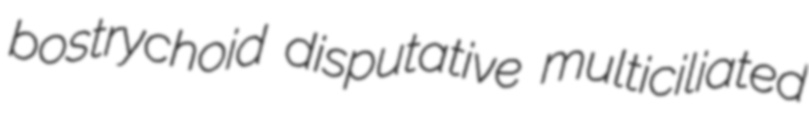
bostrychoid disputative multiciliated